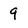
Character: 9